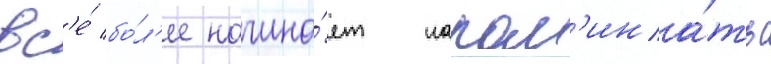
вс'е́ бо́л'ее начина́ет напом'ина́ть